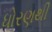
ધોરણથી